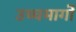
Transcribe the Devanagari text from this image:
उच्चमार्गों